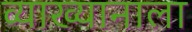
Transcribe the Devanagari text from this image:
व्याख्यानाला